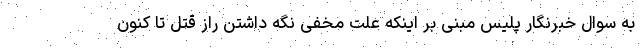
به سوال خبرنگار پلیس مبنی بر اینکه علت مخفی نگه داشتن راز قتل تا کنون